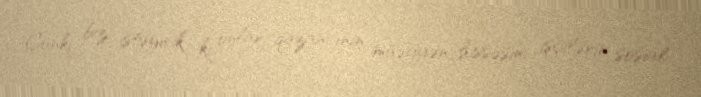
Çünki biz istəyirik ki, onlar qazancının müəyyən hissəsini işçilərin sosial